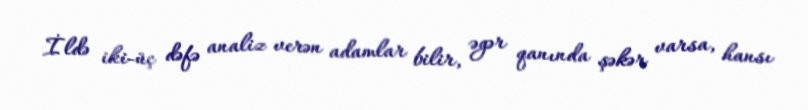
İldə iki-üç dəfə analiz verən adamlar bilir, əgər qanında şəkər varsa, hansı